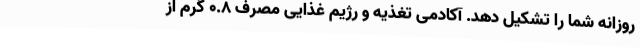
روزانه شما را تشکیل دهد. آکادمی تغذیه و رژیم غذایی مصرف 0.8 گرم از